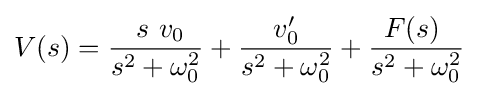
V(s)={\frac {\ s\ v_{0}}{s^{2}+\omega _{0}^{2}}}+{\frac {v'_{0}}{s^{2}+\omega _{0}^{2}}}+{\frac {F(s)\ }{s^{2}+\omega _{0}^{2}}}